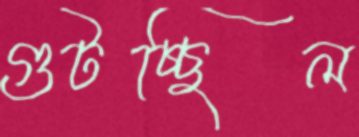
গুটচ্ছিল